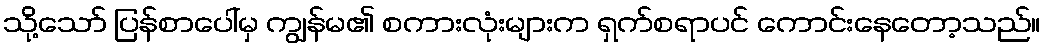
သို့သော် ပြန်စာပေါ်မှ ကျွန်မ၏ စကားလုံးများက ရှက်စရာပင် ကောင်းနေတော့သည်။